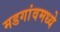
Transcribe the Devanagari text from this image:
मडगांवमध्ये